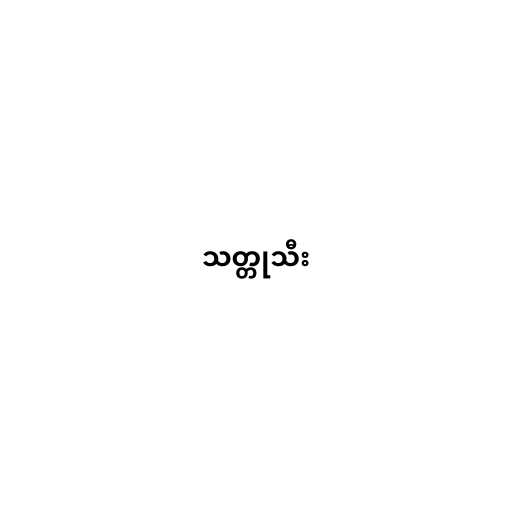
သတ္တုသီး